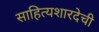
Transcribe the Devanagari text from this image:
साहित्यशारदेची